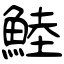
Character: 鯥